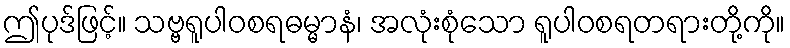
ဤပုဒ်ဖြင့်။ သဗ္ဗရူပါဝစရဓမ္မာနံ၊ အလုံးစုံသော ရူပါဝစရတရားတို့ကို။